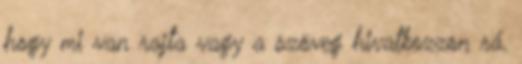
hogy mi van rajta vagy a szöveg hivatkozzon rá.